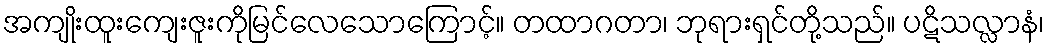
အကျိုးထူးကျေးဇူးကိုမြင်လေသောကြောင့်။ တထာဂတာ၊ ဘုရားရှင်တို့သည်။ ပဋိသလ္လာနံ၊